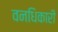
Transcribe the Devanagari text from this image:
वनधिकारी